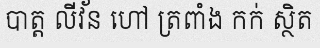
បាត្ត លីវ័ន ហៅ ត្រពាំង កក់ ស្ថិត